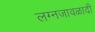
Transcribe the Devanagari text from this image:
लग्नजावळादी